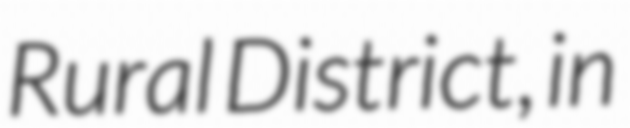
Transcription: Rural District, in